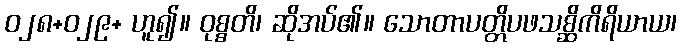
ဝ၂၈+၀၂၉+ ဟူ၍။ ဝုစ္စတိ၊ ဆိုအပ်၏။ သောတာပတ္တိပဖသစ္ဆိကိရိယာယ၊